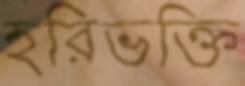
হরিভক্তি